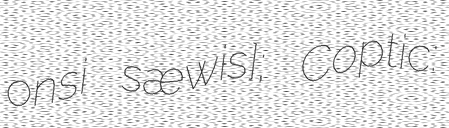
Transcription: ˈʔonsi sæˈwiːɾɪs]; Coptic: